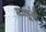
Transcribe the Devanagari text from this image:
मालूंजे